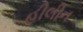
હીલીન